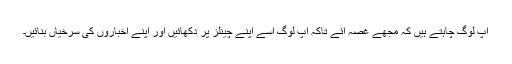
آپ لوگ چاہتے ہیں کہ مجھے غصہ آئے تاکہ آپ لوگ اسے اپنے چینلز پر دکھائیں اور اپنے اخباروں کی سرخیاں بنائیں۔